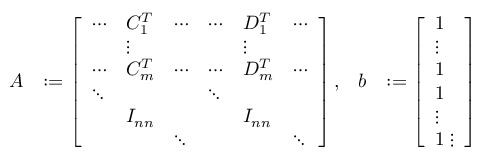
\begin{array} { r l r l } { A } & { : = \left[ \begin{array} { l l l l l l } { \cdots } & { C _ { 1 } ^ { T } } & { \cdots } & { \cdots } & { D _ { 1 } ^ { T } } & { \cdots } \\ & { \vdots } & & & { \vdots } & \\ { \cdots } & { C _ { m } ^ { T } } & { \cdots } & { \cdots } & { D _ { m } ^ { T } } & { \cdots } \\ { \ddots } & & & { \ddots } & & \\ & { I _ { n n } } & & & { I _ { n n } } & \\ & & { \ddots } & & & { \ddots } \end{array} \right] , } & { b } & { : = \left[ \begin{array} { l } { 1 } \\ { \vdots } \\ { 1 } \\ { 1 } \\ { \vdots } \\ { 1 \vdots } \end{array} \right] } \end{array}